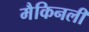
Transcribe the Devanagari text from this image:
मैकिनली